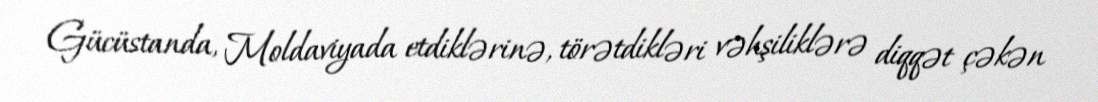
Gücüstanda, Moldaviyada etdiklərinə, törətdikləri vəhşiliklərə diqqət çəkən